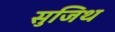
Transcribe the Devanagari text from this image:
सुजिथ